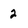
Character: 2